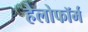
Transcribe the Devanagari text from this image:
हैलोफॉर्म